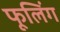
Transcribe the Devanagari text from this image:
फूलिंग